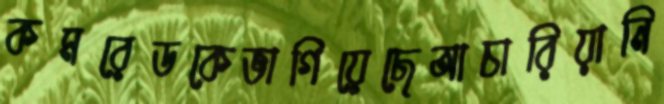
কমরেডকেভাগিয়েছেআচারিয়ানি